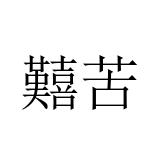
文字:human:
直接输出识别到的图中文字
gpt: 囏苦